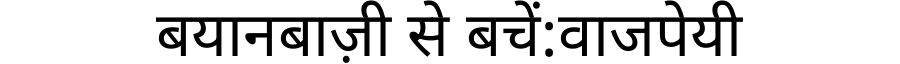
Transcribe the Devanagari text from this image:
बयानबाज़ी से बचें:वाजपेयी